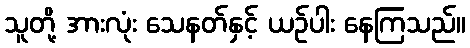
သူတို့ အားလုံး သေနတ်နှင့် ယဉ်ပါး နေကြသည်။